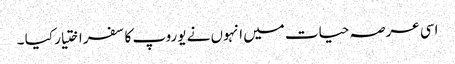
اسی عرصہ حیات میں انہوں نے یوروپ کا سفر اختیار کیا ۔